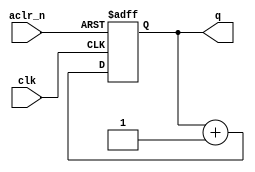
/*******************************************************************************
* Copyright (C) 2018-2022 Intel Corporation
*
* This code and the related documents are Intel copyrighted materials, and
* your use of them is governed by the express license under which they were
* provided to you ("License"). Unless the License provides otherwise, you may
* not use, modify, copy, publish, distribute, disclose or transmit this
* code or the related documents without Intel's prior written permission.
*
* This code and the related documents are provided as is, with no express
* or implied warranties, other than those that are expressly stated in the
* License.
*
*******************************************************************************/

module count (
	input clk, aclr_n,
	output reg [7:0] q
);

initial q = 0;

always @(posedge clk, negedge aclr_n)
begin
	if (!aclr_n)
		q <= 0;
	else
		q <= q + 1'b1;
end

endmodule